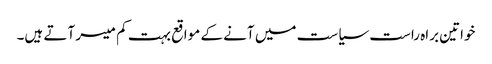
خواتین براہ راست سیاست میں آنے کے مواقع بہت کم میسر آتے ہیں۔